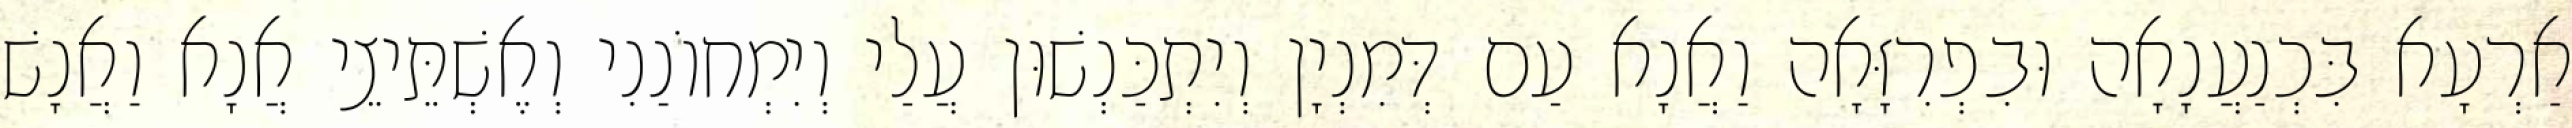
אַרְעָא בִּכְנַעֲנָאָה וּבִפְרִזָּאָה וַאֲנָא עַם דְּמִנְיָן וְיִתְכַּנְשׁוּן עֲלַי וְיִמְחוֹנַנִי וְאֶשְׁתֵּיצֵי אֲנָא וַאֲנָשׁ